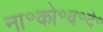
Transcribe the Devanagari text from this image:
ना॰को॰व॰दे॰